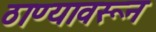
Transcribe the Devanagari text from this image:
ठाण्यावरून